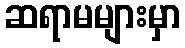
ဆရာမများမှာ